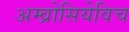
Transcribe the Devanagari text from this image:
अम्व्रोसियेविच